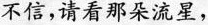
不信，请看那朵流星，